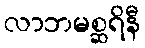
လာဘမစ္ဆရိနီ